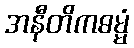
အနီတိကဓမ္မံ